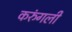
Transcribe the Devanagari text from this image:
करुंगली